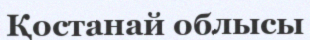
Қостанай облысы